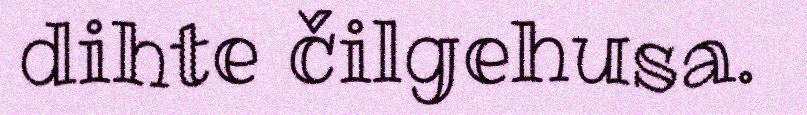
dihte čilgehusa.